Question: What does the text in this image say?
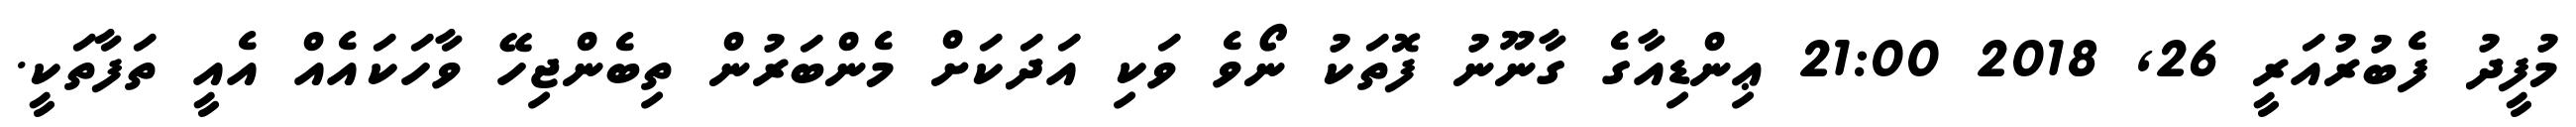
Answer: މުފީދު ފެބުރުއަރީ 26, 2018 21:00 ޢިންޑިއާގެ ގާނޫނު ފޮތަކު ނޯވެ ވަކި އަދަކަށް މެންބަރުން ތިބެންޖިހޭ ވާހަކައެއް އެއީ ތަފާތަކީ.